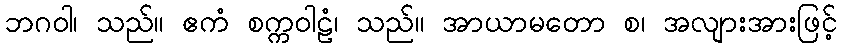
ဘဂဝါ၊ သည်။ ဧကံ စက္ကဝါဠံ၊ သည်။ အာယာမတော စ၊ အလျားအားဖြင့်